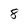
Character: 8